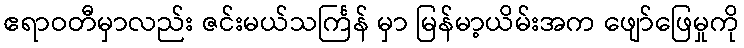
ဧရာဝတီမှာလည်း ဇင်းမယ်သင်္ကြန် မှာ မြန်မာ့ယိမ်းအက ဖျော်ဖြေမှုကို